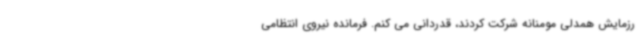
رزمایش همدلی مومنانه شرکت کردند، قدردانی می کنم. فرمانده نیروی انتظامی